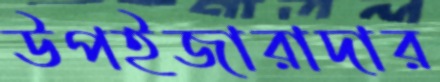
উপইজারাদার